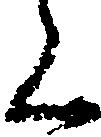
く